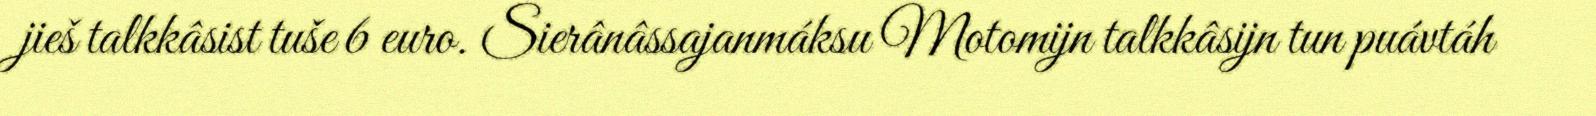
jieš talkkâsist tuše 6 euro. Sierânâssajanmáksu Motomijn talkkâsijn tun puávtáh